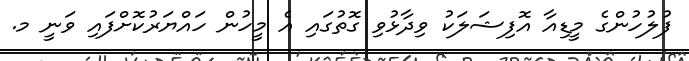
ފުލުހުންގެ މީޑިއާ އޮފިޝަލަކު ވިދާޅުވި ގޮތުގައި އެ މީހުން ހައްޔަރުކޮށްފައި ވަނީ މ.